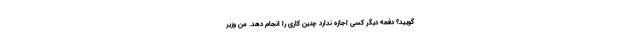
‌گویید؟ دفعه دیگر کسی اجازه ندارد چنین کاری را انجام دهد. من وزیر